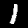
Digit: 1